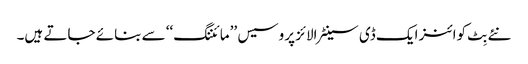
نئے بِٹ کوائنز ایک ڈی سینٹرالائز پروسیس ’’مائننگ‘‘ سے بنائے جاتے ہیں۔